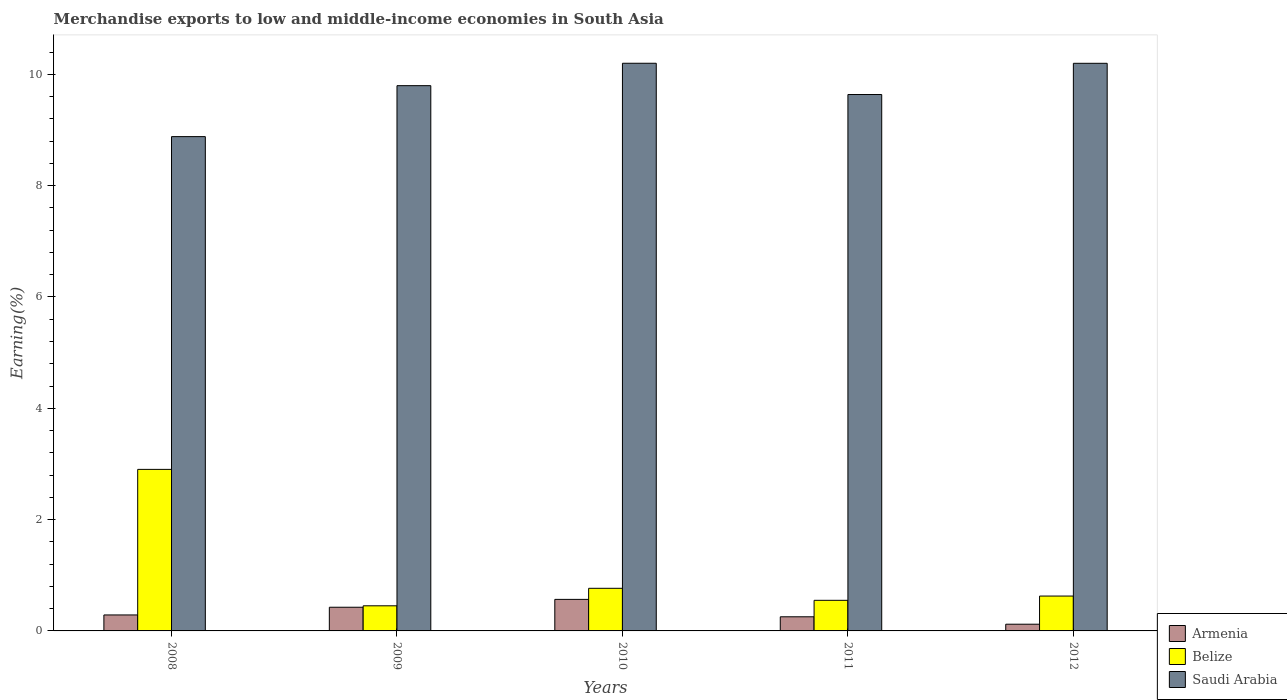
| Years | Armenia | Belize | Saudi Arabia |
 | --- | --- | --- | --- |
 | 2008 | 0.287 | 2.9 | 8.88 |
 | 2009 | 0.425 | 0.451 | 9.8 |
 | 2010 | 0.567 | 0.766 | 10.2 |
 | 2011 | 0.254 | 0.55 | 9.64 |
 | 2012 | 0.12 | 0.626 | 10.2 |